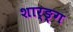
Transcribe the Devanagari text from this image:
शार्ङ्‍ग